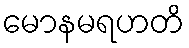
မောနမရဟတိ